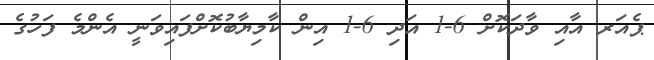
ޕެއަރ އާއި ވާދަކޮށް 6-1 އަދި 6-1 އިން ކާމިޔާބުކޮށްފައިވަނީ އެންމެ ފަހުގެ